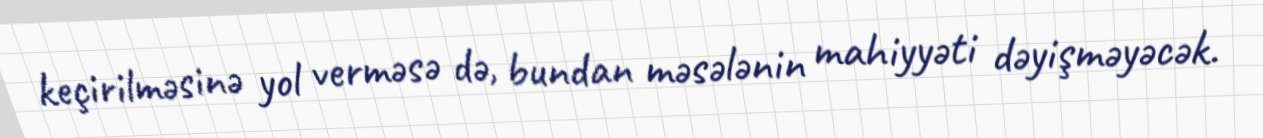
keçirilməsinə yol verməsə də, bundan məsələnin mahiyyəti dəyişməyəcək.